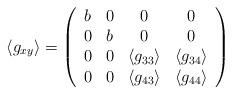
LaTeX: \begin{align*}\langle g_{xy} \rangle =\left(\begin{array}{cccc}b & 0 & 0 & 0\\0& b &0&0\\0&0&\langle g_{33} \rangle &\langle g_{34}\rangle\\0&0&\langle g_{43} \rangle &\langle g_{44} \rangle\end{array}\right)\end{align*}